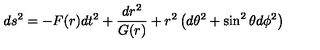
d s ^ { 2 } = - F ( r ) d t ^ { 2 } + \frac { d r ^ { 2 } } { G ( r ) } + r ^ { 2 } \left( d \theta ^ { 2 } + \sin ^ { 2 } \theta d \phi ^ { 2 } \right)